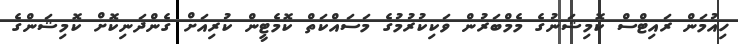
ހިއުމަން ރައިޓްސް ކޮމިޝަނުގެ މެމްބަރުން ވަކިކުރުމުގެ މަސައްކަތް ކޮމެޓީން ކުރިއަށް ގެންދަނިކޮށް ކޮމިޝަންގެ